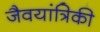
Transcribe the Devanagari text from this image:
जैवयांत्रिकी